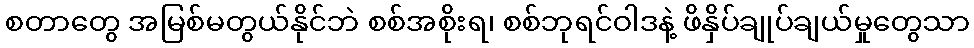
စတာတွေ အမြစ်မတွယ်နိုင်ဘဲ စစ်အစိုးရ၊ စစ်ဘုရင်ဝါဒနဲ့ ဖိနှိပ်ချုပ်ချယ်မှုတွေသာ